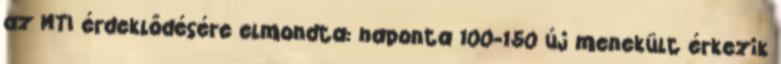
az MTI érdeklődésére elmondta: naponta 100-150 új menekült érkezik